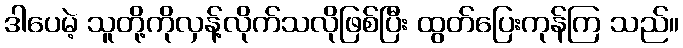
ဒါပေမဲ့ သူတို့ကိုလှန့်လိုက်သလိုဖြစ်ပြီး ထွတ်ပြေးကုန်ကြ သည်။